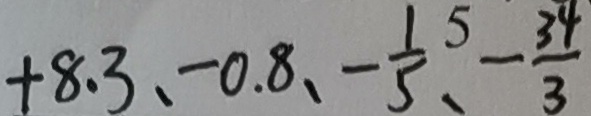
+ 8 . 3 、 - 0 . 8 、 - \frac { 1 } { 5 } . - \frac { 3 4 } { 3 }